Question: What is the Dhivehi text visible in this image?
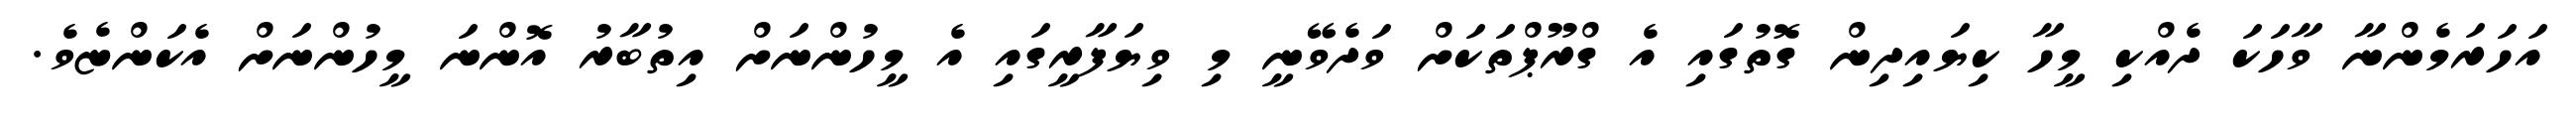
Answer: އަހަރަމެންނާ ވާހަކަ ދެއްކި މީހާ ކިޔައިދިން ގޮތުގައި އެ ގްރޫޕްތަކަށް ވަދެވޭނީ މި ވިޔަފާރީގައި އެ މީހުންނަށް އިތުބާރު އޮންނަ މީހުންނަށް އެކަންޏެވެ.